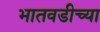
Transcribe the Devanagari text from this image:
भातवडीच्या